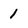
Character: 1